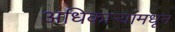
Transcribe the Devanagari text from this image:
अधिकाऱ्यांमधून